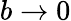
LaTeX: b\to 0